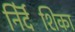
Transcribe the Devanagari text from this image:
निर्दॆशिका